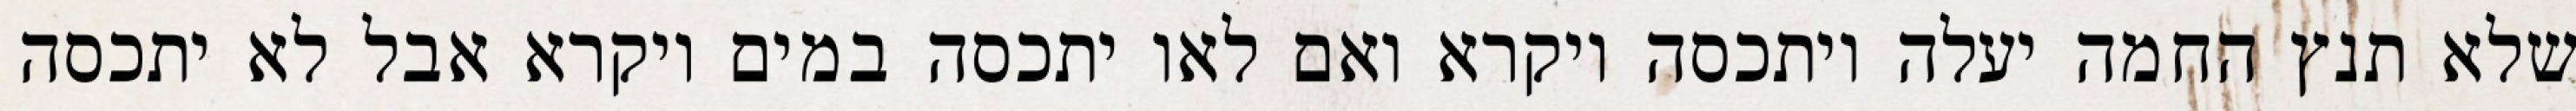
שלא תנץ החמה יעלה ויתכסה ויקרא ואם לאו יתכסה במים ויקרא אבל לא יתכסה